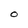
Character: O